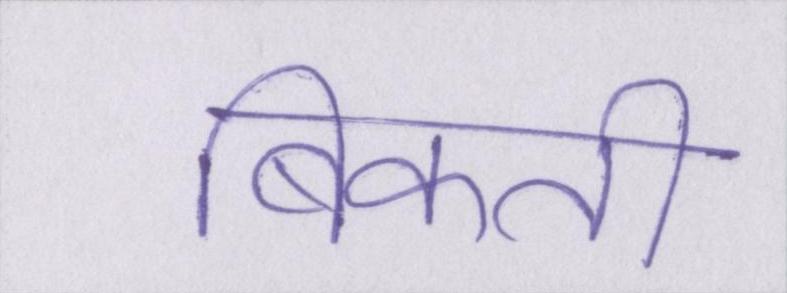
बिकती